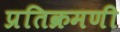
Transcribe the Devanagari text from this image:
प्रतिक्रमणी